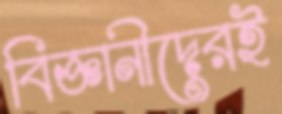
বিজ্ঞানীদেরই